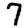
Digit: 7